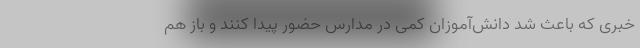
خبری که باعث شد دانش‌آموزان کمی در مدارس حضور پیدا کنند و باز هم